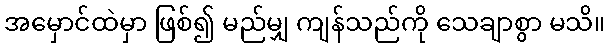
အမှောင်ထဲမှာ ဖြစ်၍ မည်မျှ ကျန်သည်ကို သေချာစွာ မသိ။